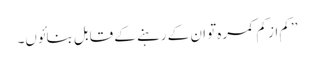
’’کم از کم کمرہ تو ان کے رہنے کے قابل بنائوں۔